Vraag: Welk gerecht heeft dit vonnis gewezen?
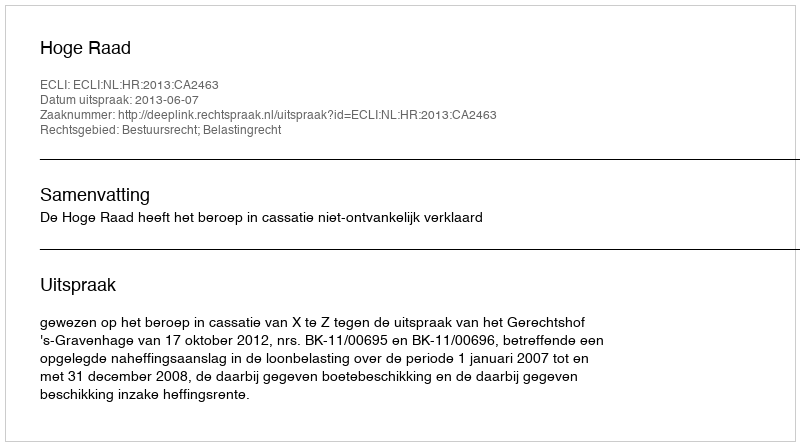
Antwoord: Hoge Raad